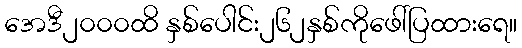
အေဒီ၂၀၀၀ထိ နှစ်ပေါင်း၂၆၂နှစ်ကိုဖေါ်ပြထားရေ။